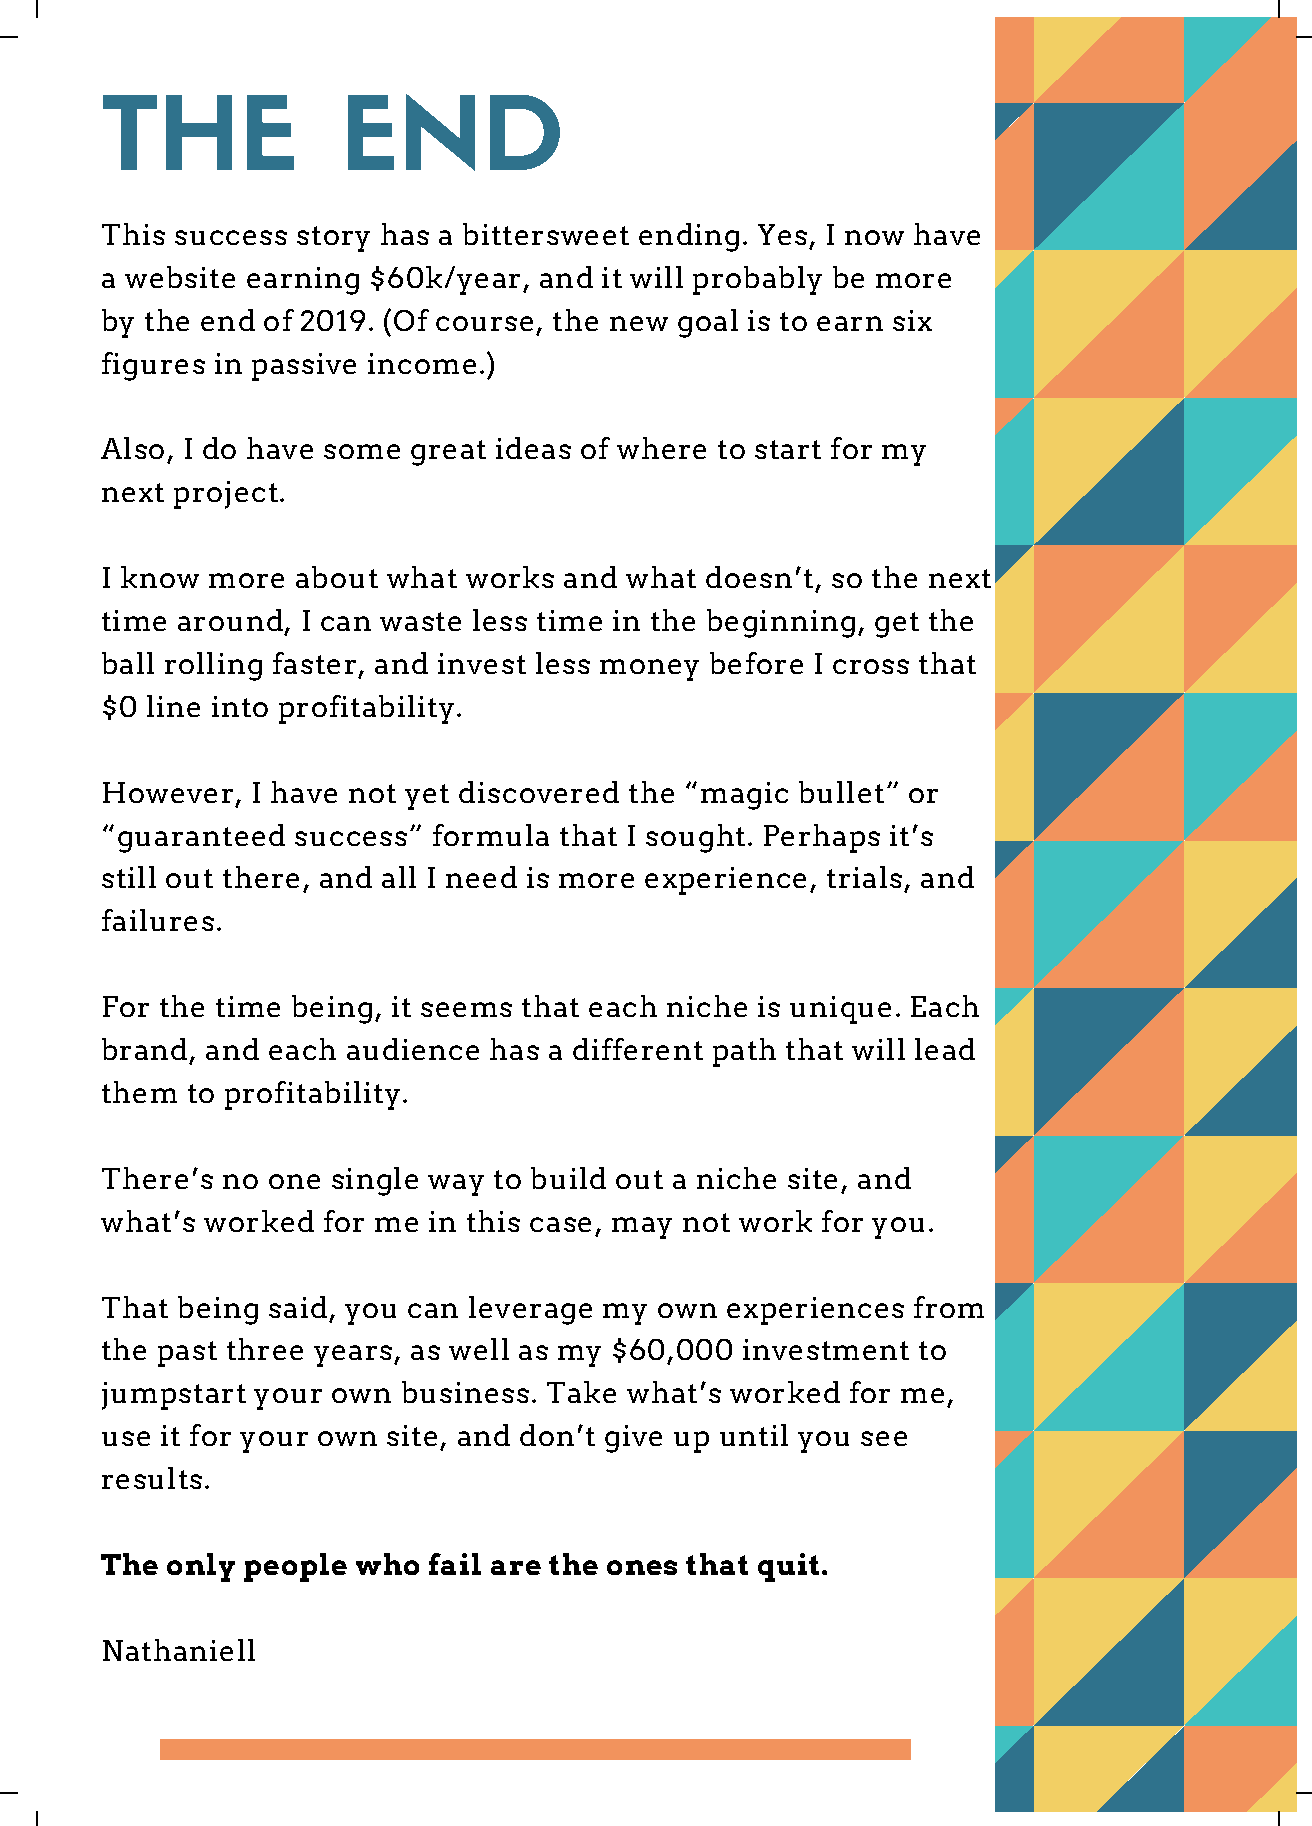
THE             END
 This success story has a bittersweet ending. Yes, I now have
 a website earning $60k/year, and it will probably be more
 by the end of 2019. (Of course, the new goal is to earn six
 figures in passive income.)
 Also, I do have some great ideas of where to start for my
 next project.
 I know more  about what works and what  doesn’t, so the next
 time around, I can waste less time in the beginning, get the
 ball rolling faster, and invest less money before I cross that
 $ 0 line into profitability.
 However,  I have not yet discovered the “magic bullet” or
 “guaranteed success”  formula that I sought. Perhaps it’s
 still out there, and all I need is more experience, trials, and
 failures.
 For the time being, it seems that each niche is unique. Each
 brand, and each audience has a different path that will lead
 them to profitability.
 There’s no one single way to build out a niche site, and
 what’s worked for me in this case, may not work for you.
 That being said, you can leverage my own experiences from
 the past three years, as well as my $60,000 investment to
 jumpstart your own  business. Take what’s worked for me,
 use it for your own site, and don’t give up until you see
 results.
 The only people  who fail are the ones that quit.
 Nathaniell